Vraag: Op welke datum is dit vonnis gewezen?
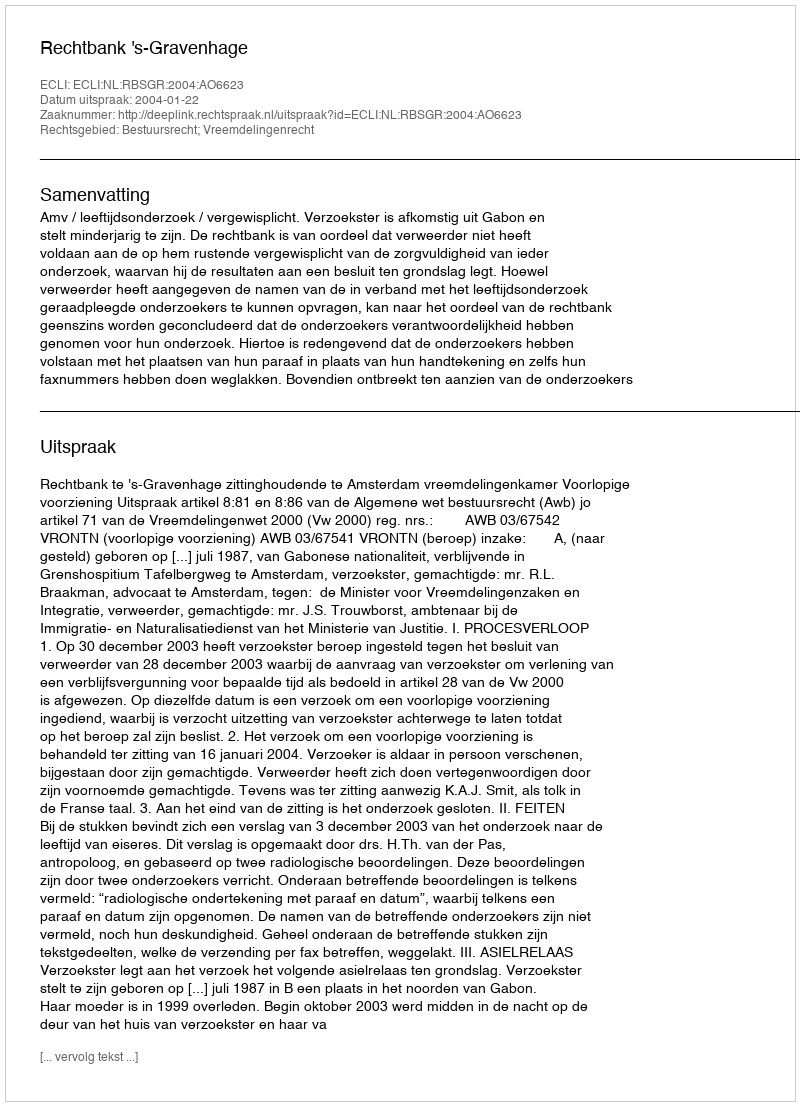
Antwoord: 2004-01-22